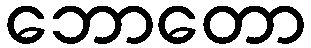
ဘောတော